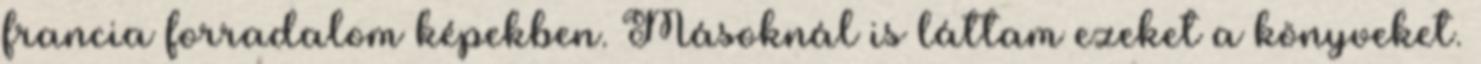
fran­cia for­ra­dalom képekben. Másoknál is láttam ezeket a könyveket.